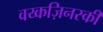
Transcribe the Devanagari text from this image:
वय्कज़िनस्की